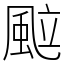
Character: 䬃